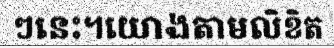
ៗនេះ។យោងតាមលិខិត